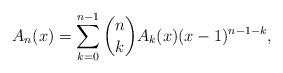
LaTeX: \begin{align*}A_n(x)=\sum_{k=0}^{n-1} {n \choose k} A_k(x)(x-1)^{n-1-k},\end{align*}